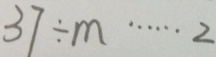
3 7 \div m \cdots 2